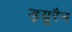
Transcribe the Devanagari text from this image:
ड्यूरैन